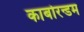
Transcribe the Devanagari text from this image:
कार्बोरन्डम